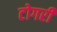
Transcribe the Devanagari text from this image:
टोगरी